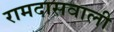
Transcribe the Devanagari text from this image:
रामदासवाली